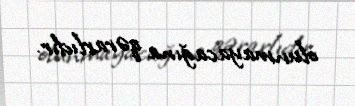
olunmayacağına qərarlıdır.